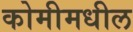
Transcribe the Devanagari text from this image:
कोमीमधील